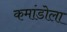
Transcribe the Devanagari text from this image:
कमांडोला